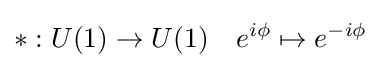
*:U(1)\to U(1)\quad e^{i\phi }\mapsto e^{-i\phi }